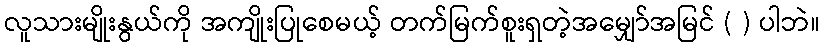
လူသားမျိုးနွယ်ကို အကျိုးပြုစေမယ့် တက်မြက်စူးရှတဲ့အမျှော်အမြင် ( ) ပါဘဲ။